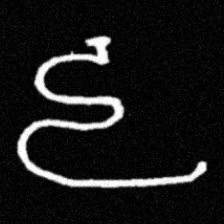
Pyu character \u2014 Myanmar letter: ဠ (romanized: lla)